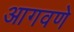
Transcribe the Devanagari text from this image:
आगवणे